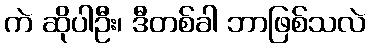
ကဲ ဆိုပါဦး၊ ဒီတစ်ခါ ဘာဖြစ်သလဲ